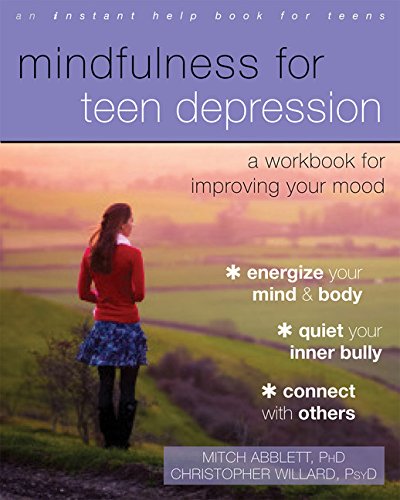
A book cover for Mindfulness for Teen Depression: A Workbook for Improving Your Mood; Mitch Abblett PhD; Teen & Young Adult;